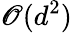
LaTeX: \mathscr{O}(d^{2})